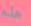
هذه